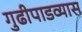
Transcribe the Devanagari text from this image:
गुढीपाडव्यास